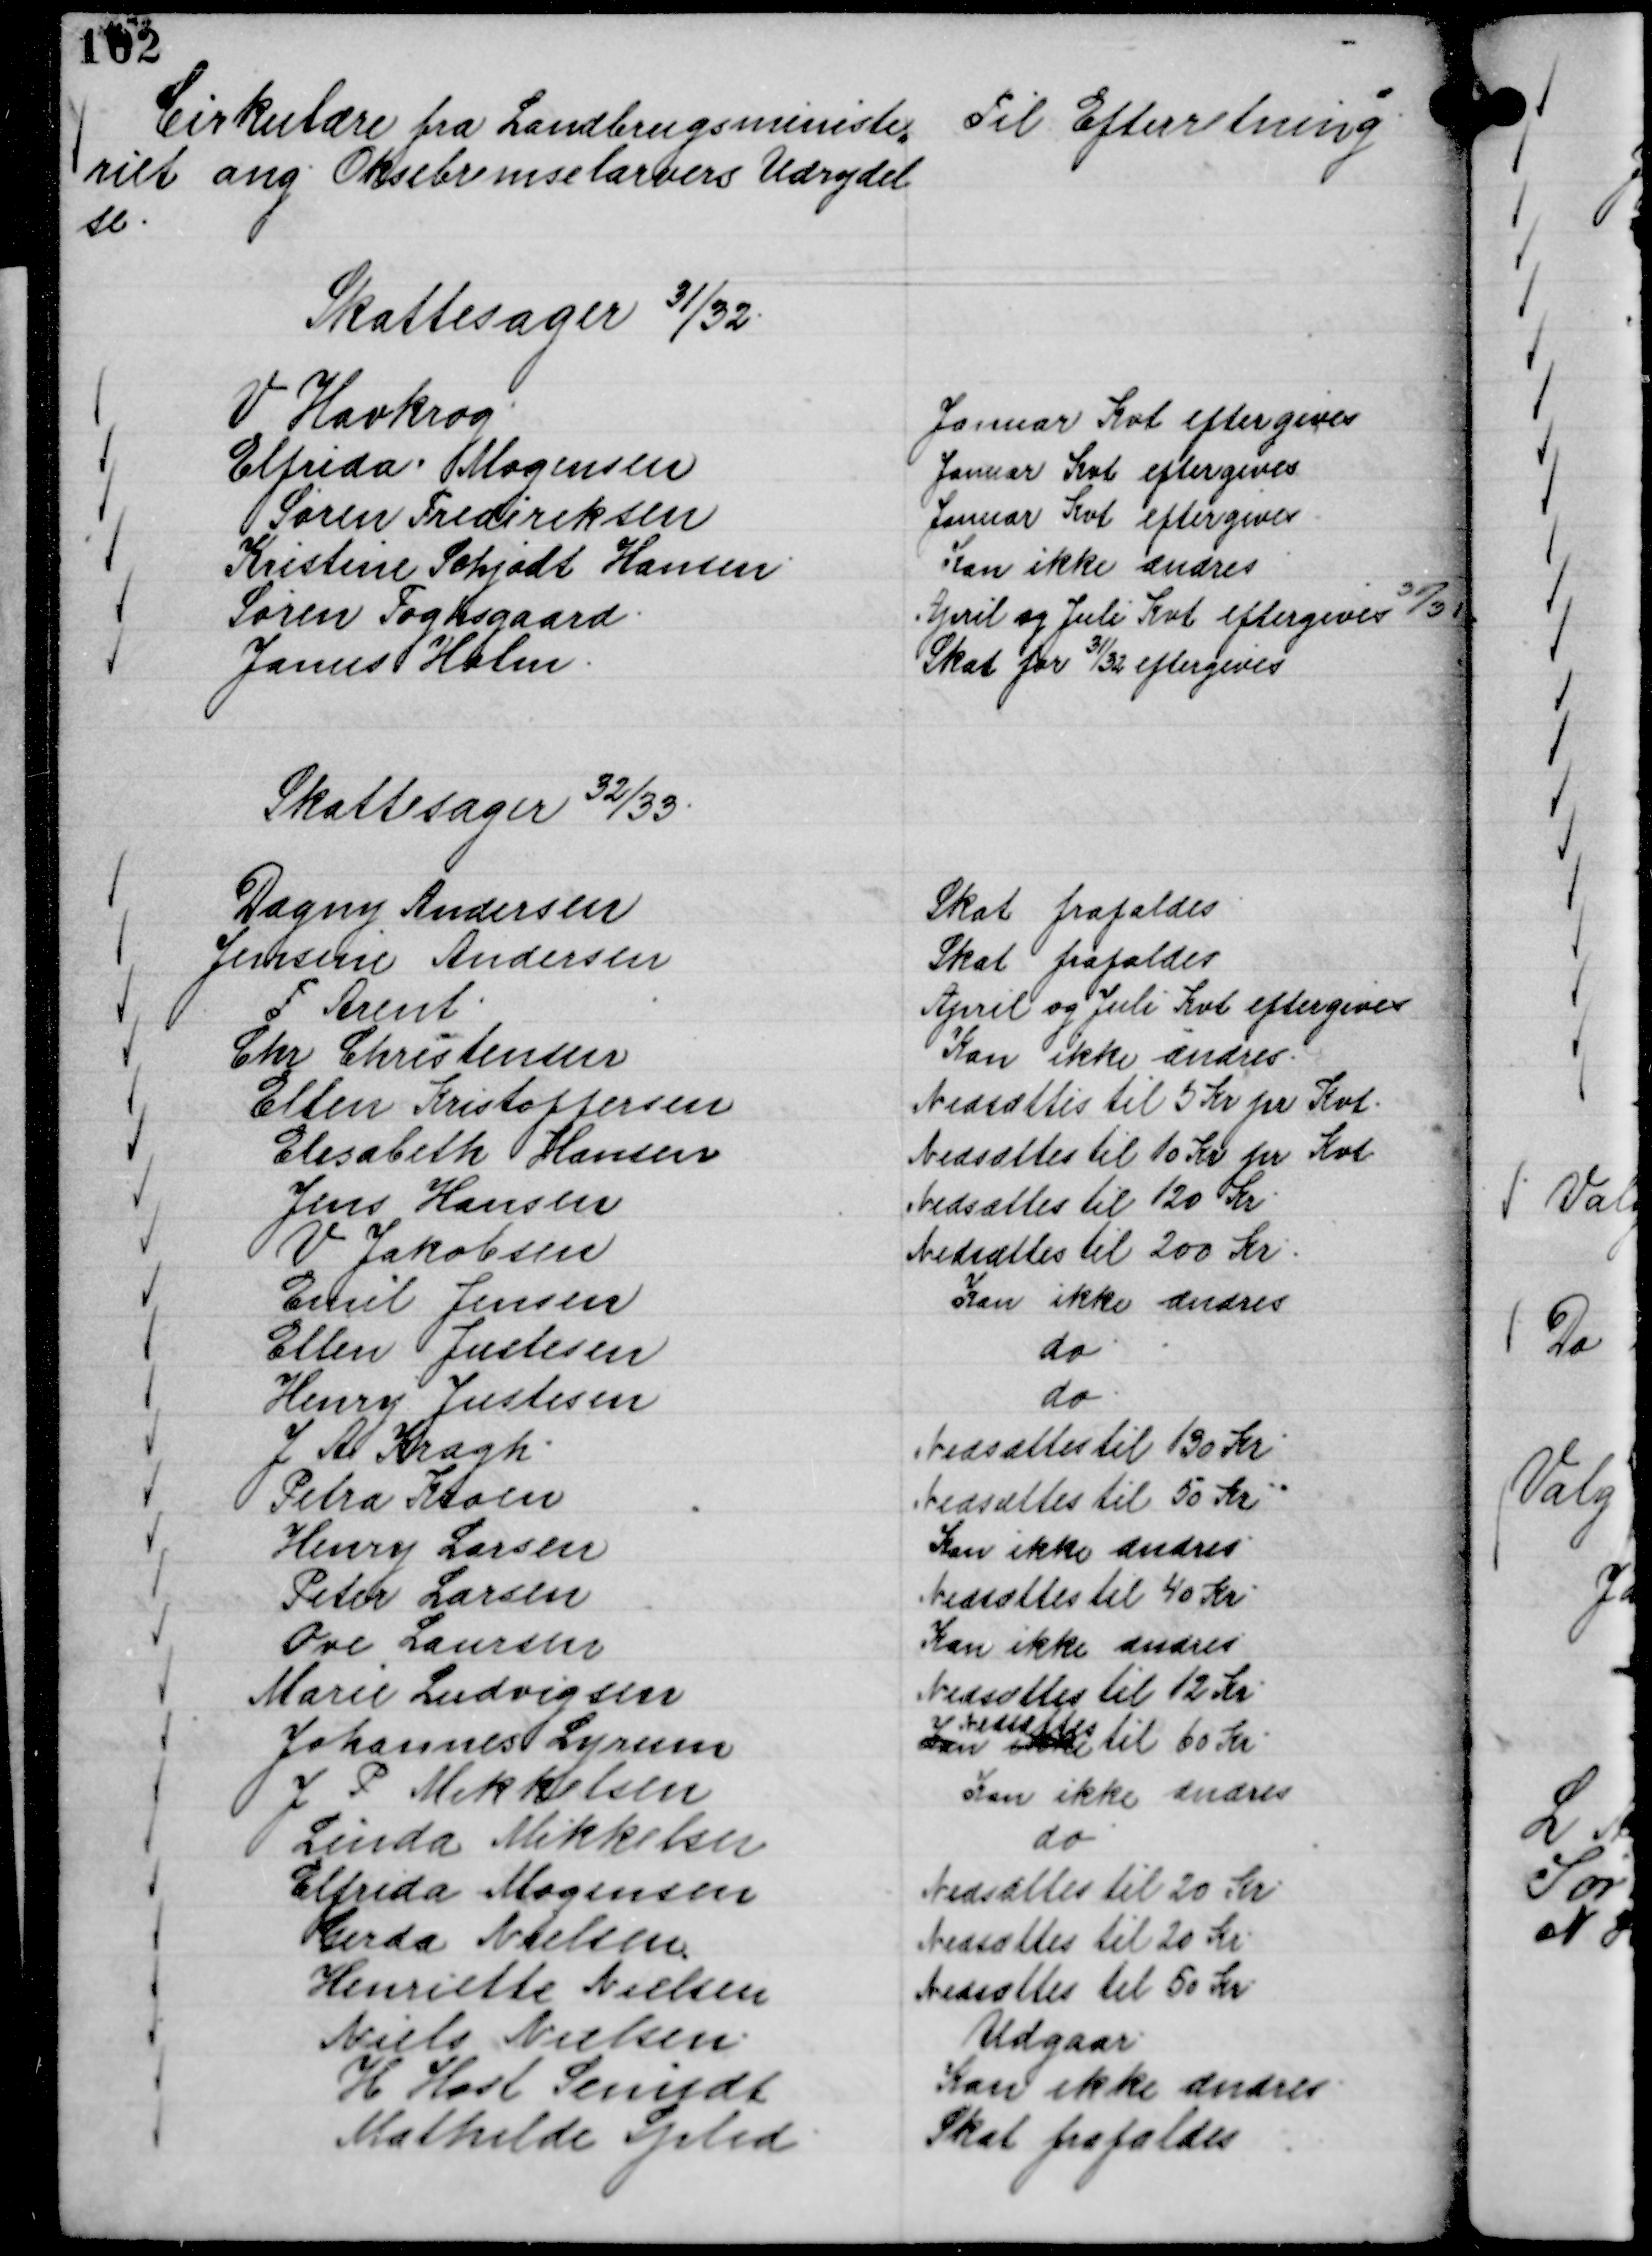
Transskription:
Cirkulære fra Landbrugsministe,,
riet ang Oksebremselarvers Udrydel
se.

Til Efterretning

Skattesager 31/32


V Havkrog.
Januar Kvt eftergives
Elfrida Mogensen
Januar Kvt eftergives
Søren Frederiksen
Januar Kvt eftergives
Kristine Schjødt Hansen.
Kan ikke ændres
Søren Foghsgaard.
April og Juli Kvt eftergives 30/31


Janus Holm.
Skat for 31/32 eftergives

Skattesager
32/33

Dagny Andersen
Skat frafaldes
Jensine Andersen
Skat frafaldes
F Arent.
April og Juli Kvt eftergives
Chr Christensen
Kan ikke ændres.
Ellen Kristoffersen
Nedsættes til 5 Kr pr Kvt.
Elisabeth Hansen
Nedsættes til 10 Kr pr Kvt
Jens Hansen
Nedsættes til 120 Kr.
V Jakobsen
Nedsættes til 200 Kr.
Emil Jensen
Kan ikke ændres
Ellen Justesen
do
Henry Justesen
do
J A Kragh.
Nedsættes til 130 Kr
Petra Kroen
Nedsættes til 50 Kr
Henry Larsen
Kan ikke ændres.
Peter Larsen
Nedsættes til 40 Kr.
Ove Laursen
Kan ikke ændres
Marie Ludvigsen
Nedsættes til 12 Kr.
Johannes Lyrum
Kan ikke
Nedsættes
til 60 Kr.
J P Mikkelsen
Kan ikke ændres
Linda Mikkelsen
do
Elfrida Mogensen
Nedsættes til 20 Kr
Gerda Nielsen
Nedsættes til 20 Kr.
Henriette Nielsen
Nedsættes til 50 Kr
Niels Nielsen.
Udgaar.
H Host Scmidt
Kan ikke ændres
Mathilde Splid.
Skat frafaldes